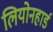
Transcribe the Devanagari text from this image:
लियोनहार्ड